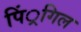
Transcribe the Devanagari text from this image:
पिं्रगिल